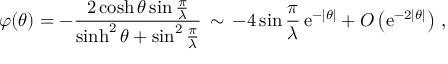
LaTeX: \varphi ( \theta ) = - \frac { 2 \cosh \theta \sin \frac { \pi } { \lambda } } { \sinh ^ { 2 } \theta + \sin ^ { 2 } \frac { \pi } { \lambda } } \, \sim \, - 4 \sin \frac { \pi } { \lambda } \, \mathrm { e } ^ { - \left| \theta \right| } + O \left( \mathrm { e } ^ { - 2 \left| \theta \right| } \right) \, ,